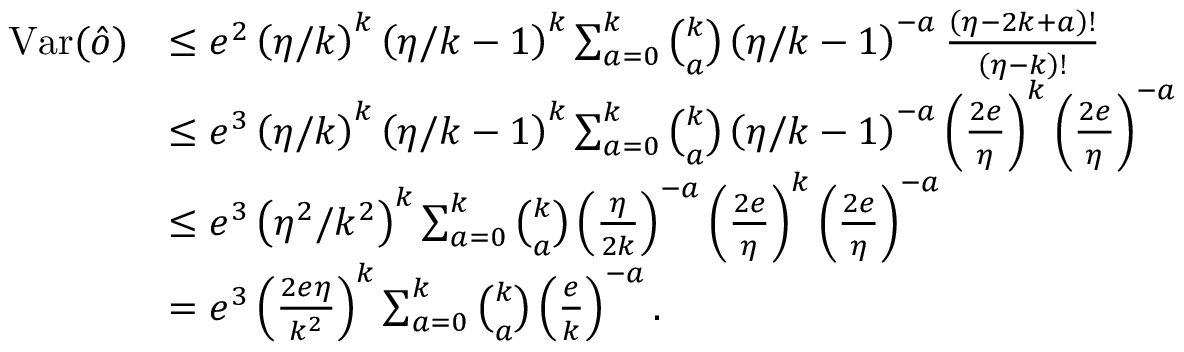
\begin{array} { r l } { \mathrm { V a r } ( \hat { o } ) } & { \leq e ^ { 2 } \left( \eta / k \right) ^ { k } \left( \eta / k - 1 \right) ^ { k } \sum _ { a = 0 } ^ { k } \binom { k } { a } \left( \eta / k - 1 \right) ^ { - a } \frac { \left( \eta - 2 k + a \right) ! } { \left( \eta - k \right) ! } } \\ & { \leq e ^ { 3 } \left( \eta / k \right) ^ { k } \left( \eta / k - 1 \right) ^ { k } \sum _ { a = 0 } ^ { k } \binom { k } { a } \left( \eta / k - 1 \right) ^ { - a } \left( \frac { 2 e } { \eta } \right) ^ { k } \left( \frac { 2 e } { \eta } \right) ^ { - a } } \\ & { \leq e ^ { 3 } \left( \eta ^ { 2 } / k ^ { 2 } \right) ^ { k } \sum _ { a = 0 } ^ { k } \binom { k } { a } \left( \frac { \eta } { 2 k } \right) ^ { - a } \left( \frac { 2 e } { \eta } \right) ^ { k } \left( \frac { 2 e } { \eta } \right) ^ { - a } } \\ & { = e ^ { 3 } \left( \frac { 2 e \eta } { k ^ { 2 } } \right) ^ { k } \sum _ { a = 0 } ^ { k } \binom { k } { a } \left( \frac { e } { k } \right) ^ { - a } . } \end{array}